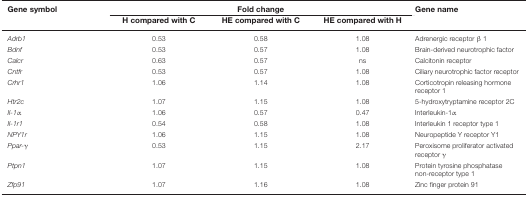
| Gene symbol | <COLSPAN=3> Fold change | Gene name |
 |  | H compared with C | HE compared with C | HE compared with H |  |
 | --- | --- | --- | --- | --- |
 | Adrb1 | 0.53 | 0.58 | 1.08 | Adrenergic receptor β 1 |
 | Bdnf | 0.53 | 0.57 | 1.08 | Brain-derived neurotrophic factor |
 | Calcr | 0.63 | 0.57 | ns | Calcitonin receptor |
 | Cntfr | 0.53 | 0.57 | 1.08 | Ciliary neurotrophic factor receptor |
 | Crhr1 | 1.06 | 1.14 | 1.08 | Corticotropin releasing hormone receptor 1 |
 | Htr2c | 1.07 | 1.15 | 1.08 | 5-hydroxytryptamine receptor 2C |
 | Il-1α | 1.06 | 0.57 | 0.47 | Interleukin-1α |
 | Il-1r1 | 0.54 | 0.58 | 1.08 | Interleukin 1 receptor type 1 |
 | NPY1r | 1.06 | 1.15 | 1.08 | Neuropeptide Y receptor Y1 |
 | Ppar-γ | 0.53 | 1.15 | 2.17 | Peroxisome proliferator activated receptor γ |
 | Ptpn1 | 1.07 | 1.15 | 1.08 | Protein tyrosine phosphatase non-receptor type 1 |
 | Zfp91 | 1.07 | 1.16 | 1.08 | Zinc finger protein 91 |